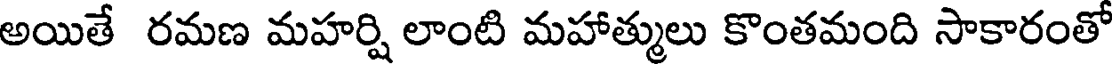
అయితే రమణ మహర్షి లాంటి మహాత్ములు కొంతమంది సాకారంతో